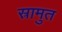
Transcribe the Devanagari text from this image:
स्रामुत